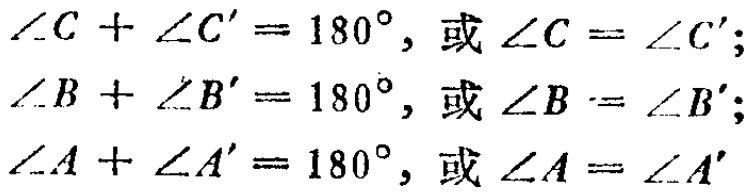
\(\angle C + \angle C' = 180^{\circ}, \text{或} \angle C = \angle C';\)

\(\angle B + \angle B' = 180^{\circ}, \text{或} \angle B = \angle B';\)

\(\angle A + \angle A' = 180^{\circ}, \text{或} \angle A = \angle A'\)